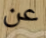
عن